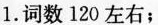
1.词数120左右；